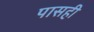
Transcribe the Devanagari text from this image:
पासही